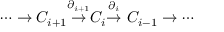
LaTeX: \cdots \to C _ { i + 1 } { \stackrel { \partial _ { i + 1 } } { \to } } C _ { i } { \stackrel { \partial _ { i } } { \to } } \ C _ { i - 1 } \to \cdots